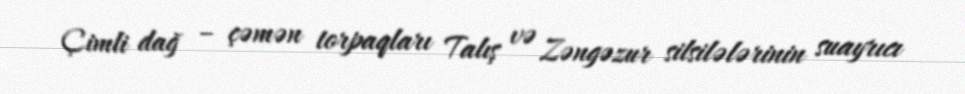
Çimli dağ – çəmən torpaqları Talış və Zəngəzur silsilələrinin suayrıcı